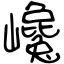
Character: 巉